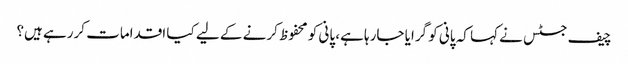
چیف جسٹس نے کہا کہ پانی کو گرایا جارہا ہے، پانی کو محفوظ کرنے کے لیے کیا اقدامات کررہے ہیں؟